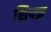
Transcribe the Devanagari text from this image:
शिफ्फ़